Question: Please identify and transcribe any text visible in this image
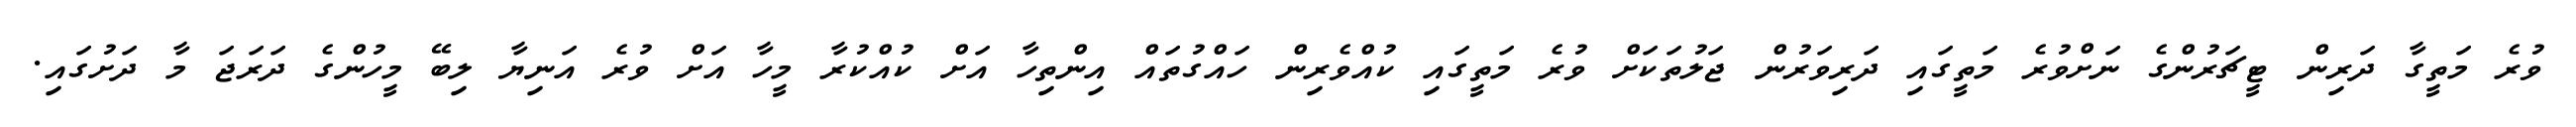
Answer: ވުރެ މަތީގާ ދަރިން ޓީޗަރުންގެ ނަށްވުރެ މަތީގައި ދަރިވަރުން ޖަލުތަކަށް ވުރެ މަތީގައި ކުއްވެރިން ހައްގުތައް އިންތިހާ އަށް ކުއްކުރާ މީހާ އަށް ވުރެ އަނިޔާ ލިބޭ މީހުންގެ ދަރަޖަ މާ ދަށުގައި.